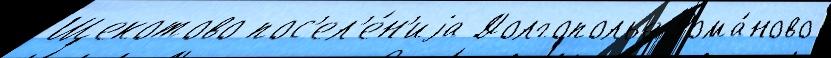
Щекотово пос'ел'е́н'иjа Долгополье Рома́ново